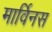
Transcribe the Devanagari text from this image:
मार्विनस